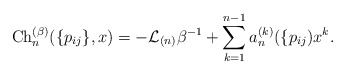
\begin{gather*}{\rm Ch}_{n}^{(\beta)}(\{p_{ij} \},x) = - {\cal{L}}_{(n)} \beta^{-1} + \sum_{k=1}^{n-1} a_{n}^{(k)}(\{p_{ij}) x^{k}.\end{gather*}